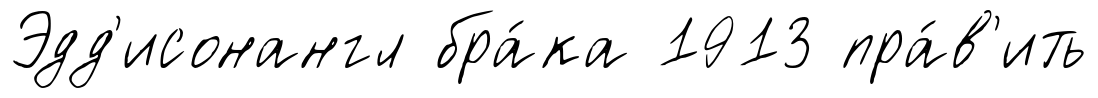
Эдд'исонангл бра́ка 1913 пра́в'ить